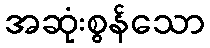
အဆုံးစွန်သော